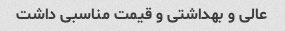
عالی و بهداشتی و قیمت مناسبی داشت